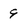
Character: 9